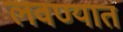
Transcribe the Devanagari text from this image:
लवण्यात